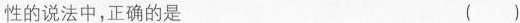
性的说法中，正确的是 ()